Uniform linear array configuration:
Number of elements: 12
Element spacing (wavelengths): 0.25
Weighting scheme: blackman
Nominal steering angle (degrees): -45
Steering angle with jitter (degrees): -44.202
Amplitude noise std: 0.05
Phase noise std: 0.05

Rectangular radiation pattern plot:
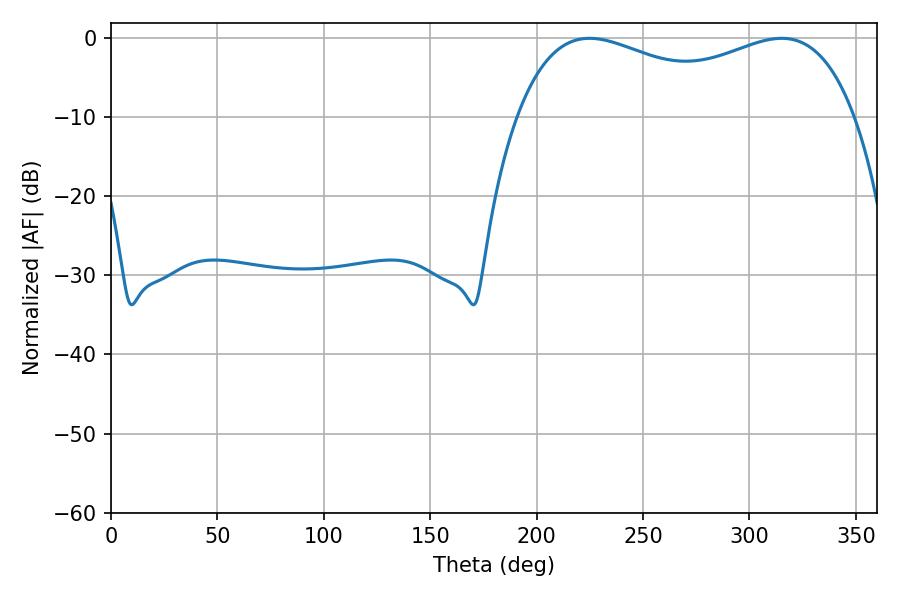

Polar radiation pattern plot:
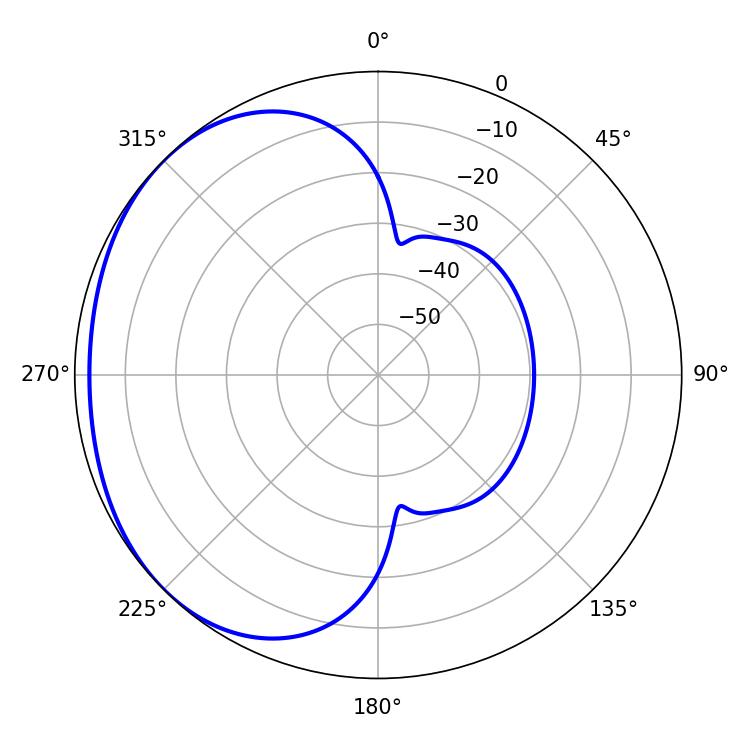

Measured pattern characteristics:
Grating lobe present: FALSE
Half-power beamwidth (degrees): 131.4
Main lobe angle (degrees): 224.82